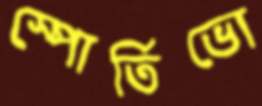
স্পোর্তিভো